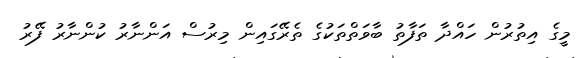
މީގެ އިތުރުން ހައްދާ ތަފާތު ބާވަތްތަކުގެ ތެރޭގައިން މިރުސް އަންނާރު ކުންނާރު ފޭރު